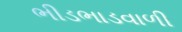
ભીડભાડવાળી